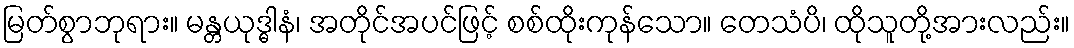
မြတ်စွာဘုရား။ မန္တယုဒ္ဓါနံ၊ အတိုင်အပင်ဖြင့် စစ်ထိုးကုန်သော။ တေသံပိ၊ ထိုသူတို့အားလည်း။